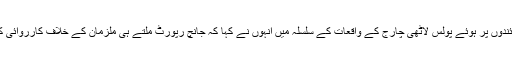
میڈیا کے نمائندوں پر ہوئے پولس لاٹھی چارج کے واقعات کے سلسلہ میں انہوں نے کہا کہ جانچ رپورٹ ملتے ہی ملزمان کے خلاف کارروائی کی جائے گی۔